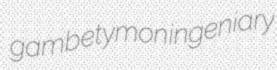
gamb etymon ingeniary